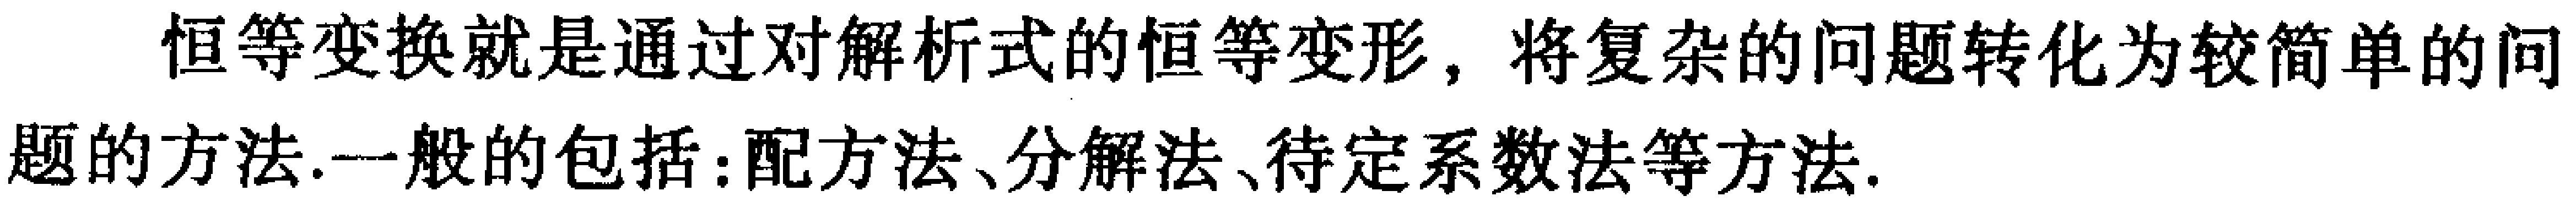
恒等变换就是通过对解析式的恒等变形，将复杂的问题转化为较简单的问题的方法.一般的包括：配方法、分解法、待定系数法等方法.